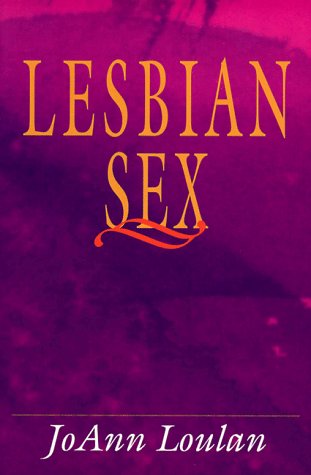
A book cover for Lesbian Sex; Joann Loulan; Gay & Lesbian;